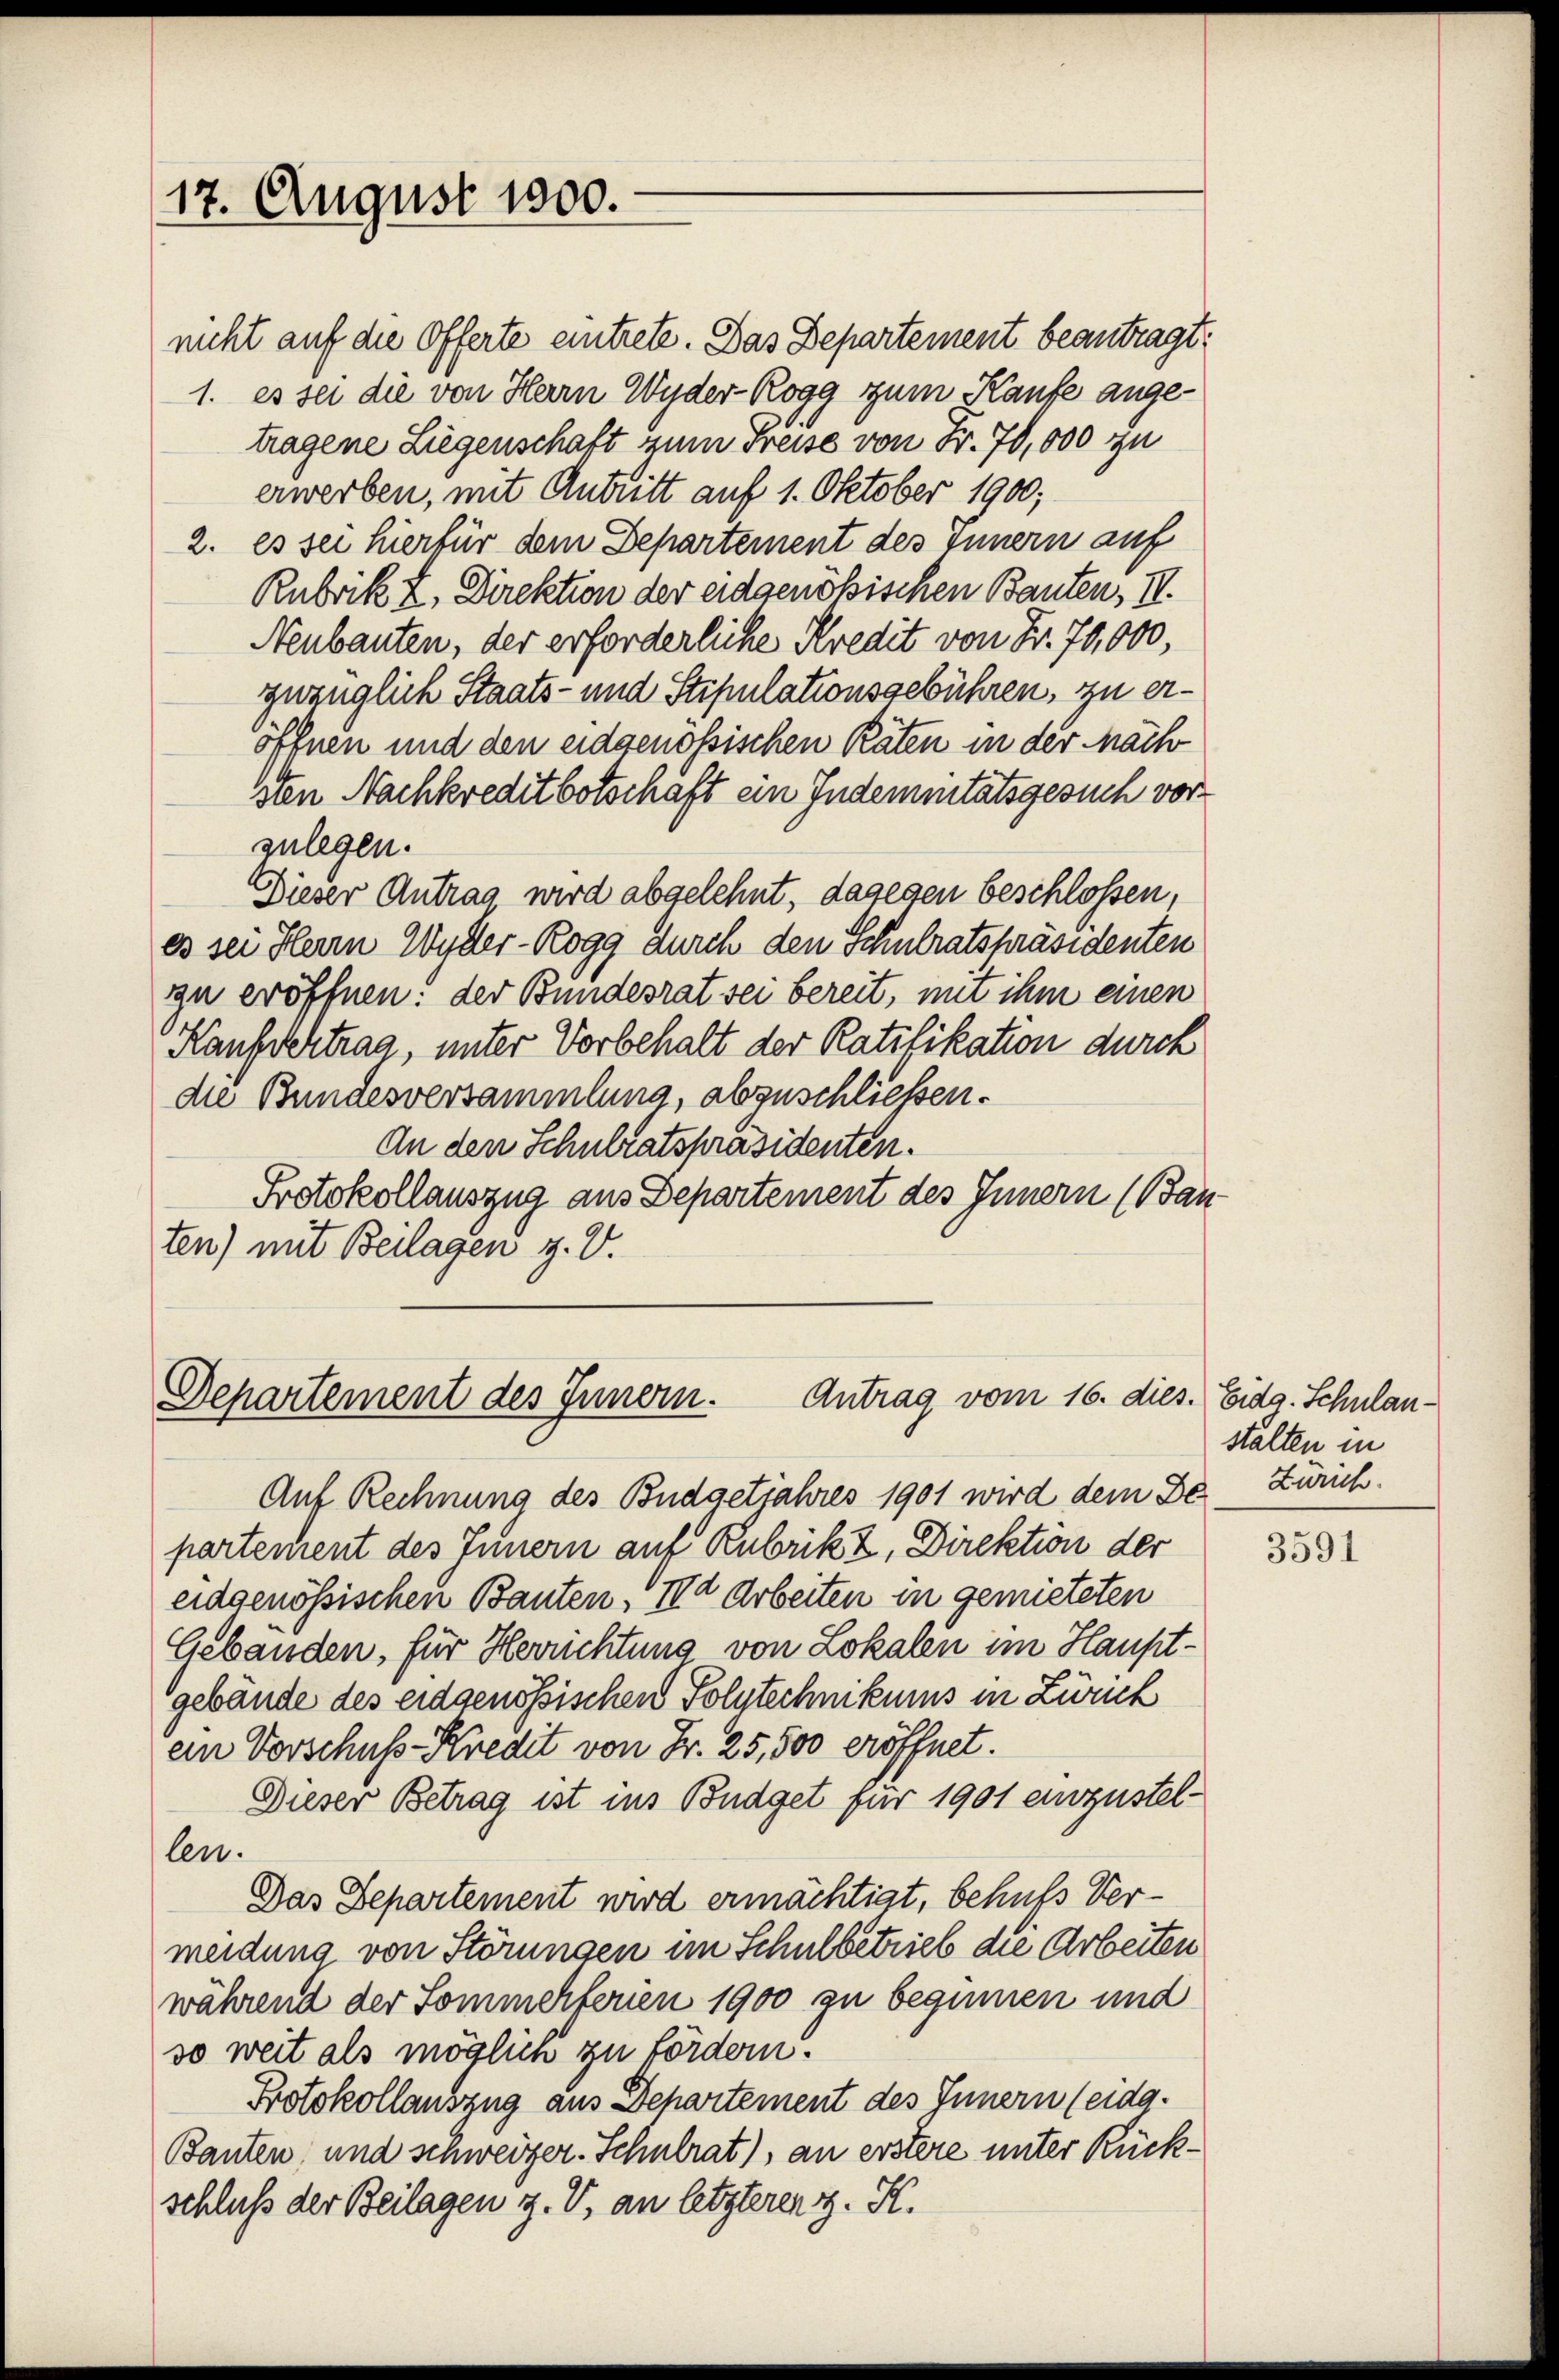
17. August 1800.

Antrag vom 16. dies. Eidg. Schulan¬
Departement des Innern.

tragene Liegenschaft zum Freise von Fr. 70,000 zu
erwerben, mit Antritt auf 1. Oktober 1900;
2. es sei hierfür dem Departement des Innern auf
Rubrik z, Direktion der eidgenößischen Bauten, II.
Neubauten, der erforderliche Kredit von Fr. 70,000,
zwanglich Staats- und Stipulationsgebühren, zu eröffnen und den eidgenössischen Raten in der Mach
sien Nachkreditbotschaft ein Indemnitätsgesuch vorzulegen.
Dieser Antrag wird abgelehnt, dagegen beschlossen,
es sei Herrn Wyder-Rogg durch den Schulratspräsidenten
zu eröffnen: der Bundesrat sei bereit, mit ihm einen
Kaufvertrag unter Vorbehalt der Ratifikation durch
die Bundesversammlung, abzuschliessen.
An den Schulratspräsidenten.
Protokollauszug aus Departement des Innern (Bau
ten) mit Beilagen z. V.

nicht auf die Offerte eintrete. Das Departement beantragt,
1. es sei die von Herrn Wyder-Rogg zum Kaufe ange¬

Auf Rechnung des Budgetjahres 1901 wird dem De Zürich
partement des Innern auf Rubrik z, Direktion der
eidgenössischen Bauten, II. Arbeiten in gemieteten
Gebäuden, für Herrichtung von Lokalen im Hauptgebäude des eidgenössischen Polytechnikums in Zürich
ein Vorschuss-Kredit von Fr. 25,500 eröffnet.
Dieser Betrag ist ins Budget für 1901 einzustellen.
Das Departement wird ermächtigt, behufs Vermeidung von Störungen im Schulbetrieb die Arbeiten
während der Sommenferien 1900 zu beginnen und
so weit als möglich zu fördern.
Protokollauszug aus Departement des Innern (eidg.
Bauten, und schweizer. Schulrat), an erstere unter Rückschluß der Beilagen z. V. an letzteren z. K.

stalten in

3591